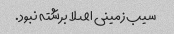
سیب زمینی اصلا برشته نبود.